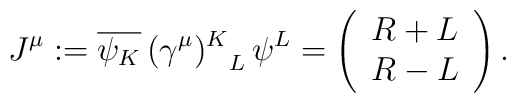
J^{\mu} := \overline{\psi_K} \, {(\gamma^{\mu})^K}_L \, \psi^L	 = \left( \begin{array}{c} R+L \\ R-L \end{array} \right).